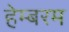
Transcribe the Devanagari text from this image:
हेम्बरम